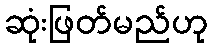
ဆုံးဖြတ်မည်ဟု